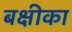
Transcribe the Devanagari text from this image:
बक्षीका